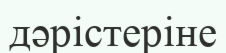
дәрістеріне